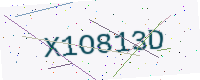
Text: X1O813D